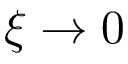
\xi \to 0